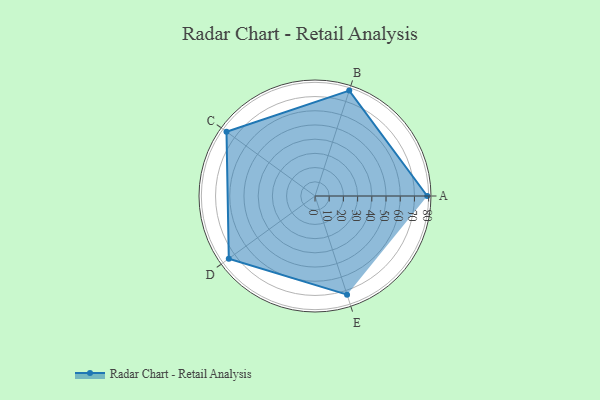
{"axis": {"x": "Skill", "y": "Score"}, "legend": ["Profile"], "data": [{"x": "A", "y": 79.0, "type": "Profile"}, {"x": "B", "y": 78.0, "type": "Profile"}, {"x": "C", "y": 77.0, "type": "Profile"}, {"x": "D", "y": 75.0, "type": "Profile"}, {"x": "E", "y": 73.0, "type": "Profile"}]}